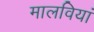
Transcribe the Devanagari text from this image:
मालवियां